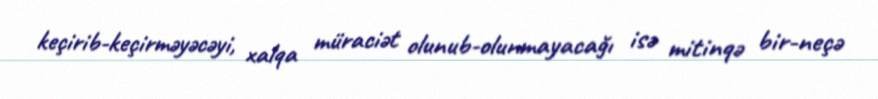
keçirib-keçirməyəcəyi, xalqa müraciət olunub-olunmayacağı isə mitinqə bir-neçə